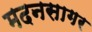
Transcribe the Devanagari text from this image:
मदनसागर